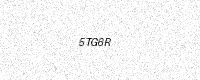
Text: 5TG6R